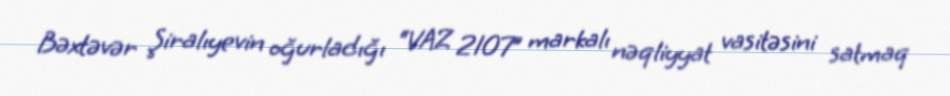
Bəxtəvər Şiralıyevin oğurladığı “VAZ 2107” markalı nəqliyyat vasitəsini satmaq